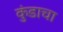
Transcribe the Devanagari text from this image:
कुंडाचा